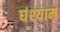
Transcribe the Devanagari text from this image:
घंश्याम